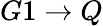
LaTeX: G1\rightarrow Q